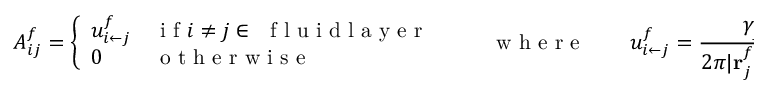
A _ { i j } ^ { f } = \left\{ \begin{array} { l l } { u _ { { i } \leftarrow { j } } ^ { f } } & { \mathrm { ~ i ~ f ~ } i \neq j \in ~ \mathrm { ~ f ~ l ~ u ~ i ~ d ~ l ~ a ~ y ~ e ~ r ~ } } \\ { 0 } & { \mathrm { ~ o ~ t ~ h ~ e ~ r ~ w ~ i ~ s ~ e ~ } } \end{array} \right. \quad \quad \mathrm { ~ w ~ h ~ e ~ r ~ e ~ } \quad \quad u _ { i \leftarrow j } ^ { f } = \frac { \gamma _ { j } ^ { f } } { 2 \pi \vert \mathbf { r } _ { j } ^ { f } - \mathbf { r } _ { i } ^ { f } \vert } .